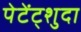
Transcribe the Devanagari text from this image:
पेटेंट्शुदा